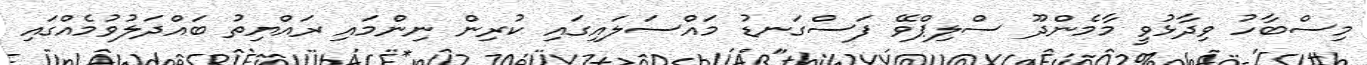
މިސްބާހު ވިދާޅުވީ މާމެންދޫ ސްލިޕްވޭ ފަސްގަނޑު މައްސަލައިގައި ކުރިން ނިންމައި ރައްޔިތު ބައްދަލުވުމެއްގައި